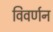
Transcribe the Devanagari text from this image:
विवर्णन